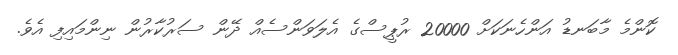
ކޮންމެ މާބަނޑު އަންހެނަކަށް 20000 ރުޕީސްގެ އެލަވަންސެއް ދޭން ސަރުކާރުން ނިންމައިފި އެެވެ.